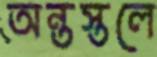
অন্তস্তলে